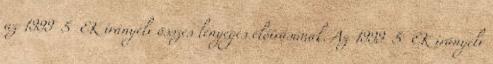
az 1999 5 EK irányelv összes lényeges előírásának. Az 1999 5 EK irányelv